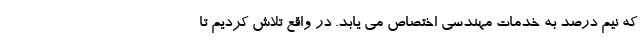
که نیم درصد به خدمات مهندسی اختصاص می یابد. در واقع تلاش کردیم تا